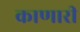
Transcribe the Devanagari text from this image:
काणारी